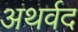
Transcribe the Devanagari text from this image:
अथर्वद